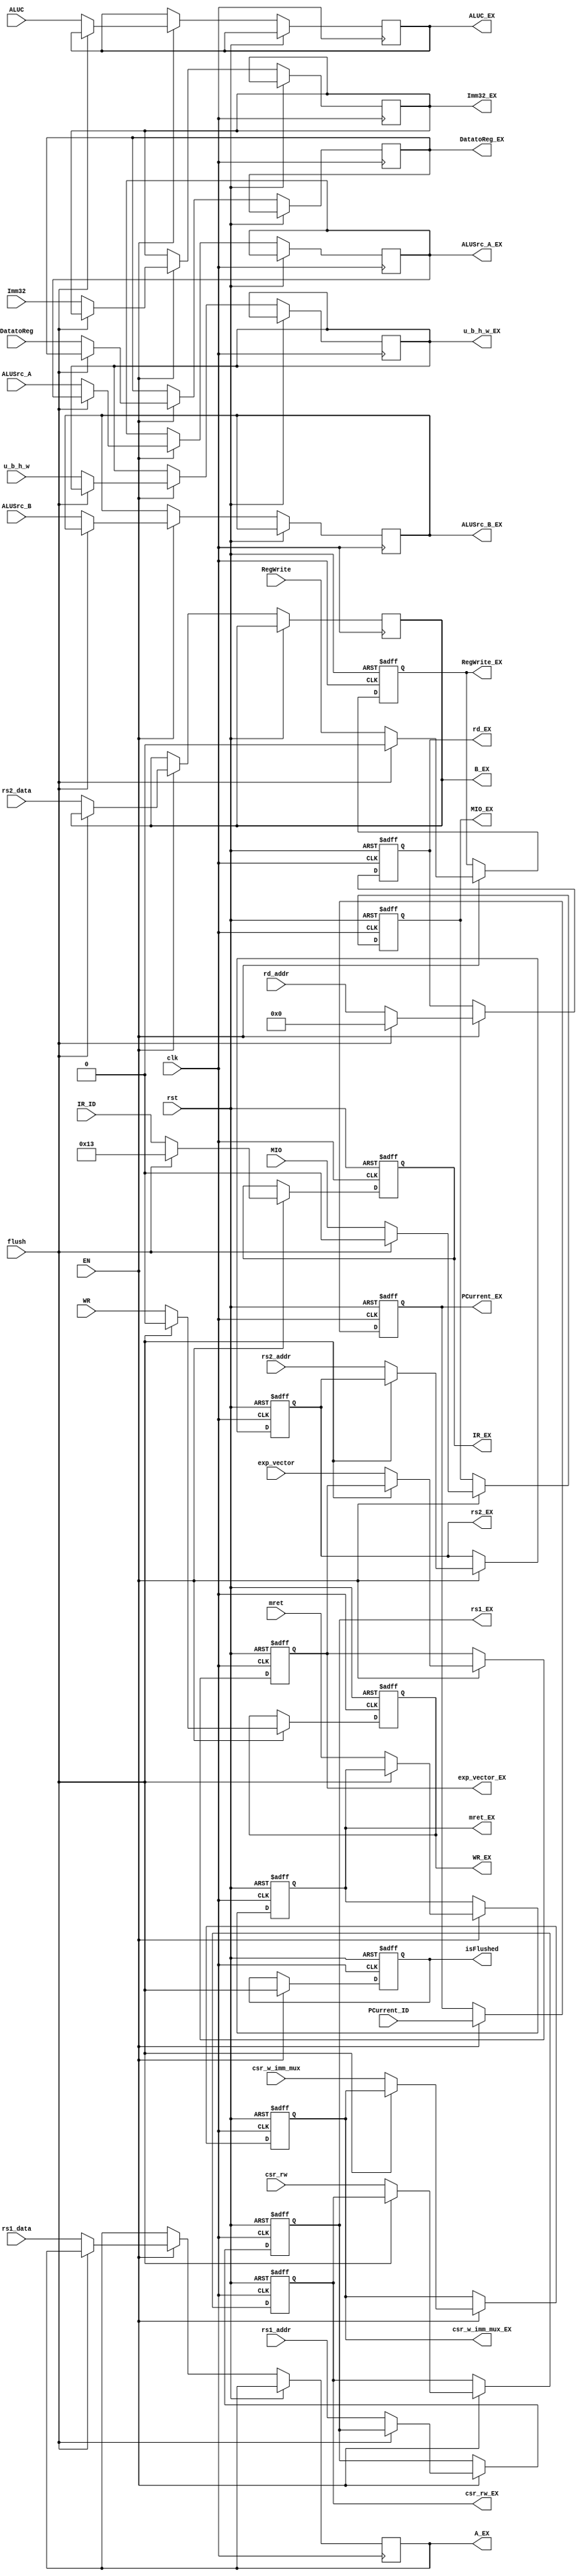
`timescale 1ns / 1ps
//////////////////////////////////////////////////////////////////////////////////
// Company:
// Engineer:
//
// Design Name:
// Module Name:    REGS ID/EX Latch
// Project Name:
// Target Devices:
// Tool versions:
// Description:
//
// Dependencies:
//
// Revision:
// Revision 0.01 - File Created
// Additional Comments:
//
//////////////////////////////////////////////////////////////////////////////////

module    REG_ID_EX(input clk,                                          //ID/EX Latch
                    input rst,
                    input EN,                                           //?
                    input flush,                                        //DStall
                    input [31:0] IR_ID,                                 //()
                    input [63:0] PCurrent_ID,                           //?
                    input [4:0] rs1_addr,                               //A
                    input [4:0] rs2_addr,                               //B
                    input [63:0] rs1_data,                              //A
                    input [63:0] rs2_data,                              //A
                    input [63:0] Imm32,                                 //?64?
                    input [4:0]  rd_addr,                               //?
                    input ALUSrc_A,                                     //ALU A
                    input ALUSrc_B,                                     //ALU B
                    input [4:0]  ALUC,                                  //ALU
                    input DatatoReg,                                    //REG?
                    input RegWrite,                                     //?
                    input WR,                                           //
                    input [2:0] u_b_h_w,
                    input MIO,
                    input csr_rw,                                       //csr
                    input csr_w_imm_mux,                                //csrzimm
                    input mret,                                         //
                    input [3:0]exp_vector,                              //[illegal inst | SRET | ECALL | inst page fault]
                    output reg[63:0] PCurrent_EX,                       //
                    output reg[31:0] IR_EX,                             //()
                    output reg[4:0]  rs1_EX,
                    output reg[4:0]  rs2_EX,
                    output reg[63:0] A_EX,                              //A
                    output reg[63:0] B_EX,                              //B
                    output reg[63:0] Imm32_EX,                          //64
                    output reg[4:0]  rd_EX,                             //
                    output reg       ALUSrc_A_EX,                       //ALU A
                    output reg       ALUSrc_B_EX,                       //ALU B()
                    output reg[4:0]  ALUC_EX,                           //ALU
                    output reg       DatatoReg_EX,                      //REG?
                    output reg       RegWrite_EX,                       //
                    output reg       WR_EX,                             //?
                    output reg[2:0]  u_b_h_w_EX,
                    output reg       MIO_EX,
                    output reg       isFlushed,                         //ID_EXflush
                    output reg       csr_rw_EX,                         //csr
                    output reg       csr_w_imm_mux_EX,                  //csrcsr
                    output reg       mret_EX,                           //mret
                    output reg[3:0]  exp_vector_EX                      //
                );

    always @(posedge clk or posedge rst) begin                           //ID/EX Latch
        if (rst) begin
            rd_EX               <= 0;
            RegWrite_EX         <= 0;
            WR_EX               <= 0;
            IR_EX               <= 32'h00000000;
            PCurrent_EX         <= 64'h00000000 ;
            rs1_EX              <= 0;
            rs2_EX              <= 0;
            MIO_EX              <= 0;
            isFlushed           <= 0;
            csr_rw_EX           <= 0;
            csr_w_imm_mux_EX    <= 0;
            mret_EX             <= 0;
            exp_vector_EX       <= 4'b000;
        end
        else if (EN) begin
            isFlushed <= flush;
            if (flush) begin                             //CPU??
                IR_EX       <= 32'h00000013;             //nop, : 32'h00000013
                rd_EX       <= 0;                        //cancel Instruction write address
                RegWrite_EX <= 0;                        //?
                WR_EX       <= 0;                        //cancel write memory
                PCurrent_EX <= PCurrent_ID;              //?PC()
                MIO_EX      <= 0;
            end
            else begin                                   //EX?
                PCurrent_EX <= PCurrent_ID;              //??
                IR_EX       <= IR_ID;                    //??()
                A_EX        <= rs1_data;                 //?A
                B_EX        <= rs2_data;                 //?B
                Imm32_EX    <= Imm32;                    //??
                rd_EX       <= rd_addr;                  //??
                rs1_EX      <= rs1_addr;
                rs2_EX      <= rs2_addr;
                ALUSrc_A_EX <= ALUSrc_A;                 //?ALU A
                ALUSrc_B_EX <= ALUSrc_B;                 //?ALU B
                ALUC_EX     <= ALUC;                     //?ALU
                DatatoReg_EX<= DatatoReg;                //?REG?
                RegWrite_EX <= RegWrite;                 //??
                WR_EX       <= WR;                       //?
                u_b_h_w_EX  <= u_b_h_w;
                MIO_EX      <= MIO;
                csr_rw_EX           <= csr_rw;
                csr_w_imm_mux_EX    <= csr_w_imm_mux;
                mret_EX             <= mret;
                exp_vector_EX       <= exp_vector;
            end
        end
    end

endmodule